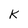
Character: K